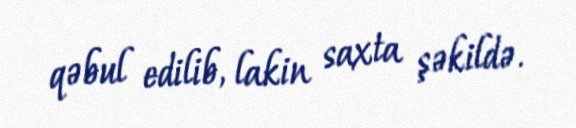
qəbul edilib, lakin saxta şəkildə.